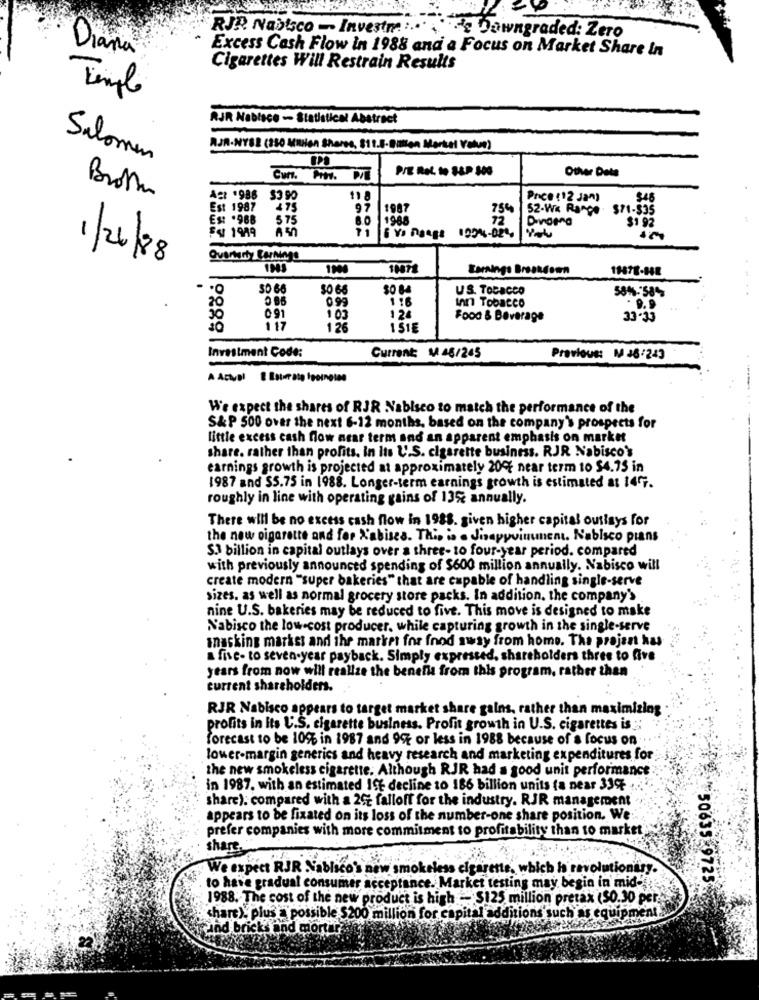
RJR Nabisco - Investre .....
He Downgraded: Zero
Diana
Excess Cash Flow in 1988 and a Focus on Market Share in
Cigarettes Will Restrain Results
Temple
RJR Nabisco - Statistical Abstract
AJA.NYSE (330 Motion Sharpe, 818.5-Button Merkel Value)
Salomon
PIE ROL to S&P 500
Other Data
Brott
Act .988 33 90
118
Price (12 Jan)
$46
Est 1987
475
97
1987
75%
52-Wx Rance . $71-$35
Est .968
575
1988
12
$1 92
SU 1989
1994-024
1/26/88
1900
Earnings Breakdown
19878-848
S0 66
50 66
50 84
US. Tobacco
58%- 58
0.99
116
20
Inn Tobacco
. 9.9
30
091
103
124
Food & Beverage
33.33
117
126
1 515
Investment Code:
Current: 11 48/245
Previous: M 46/243
We expect the shares of RJR Nabisco to match the performance of the
S&P 500 over the next 6-12 months, based on the company's prospects for
little excess cash flow near term and an apparent emphasis on market
share. rather than profits. in Its U.S. cigarette business. RJR Nabisco's
earnings growth is projected at approximately 200% near term to $4.75 in
1987 and $5.75 in 1988. Longer-term earnings growth is estimated at 147.
roughly in line with operating gains of 13% annually.
There will be no excess cash flow in 1988. given higher capital outlays for
the new sigarette and for d'abises. This is . Jinapyvinument. Nabisco pians
S.1 billion in capital outlays over a three- to four-year period. compared
with previously announced spending of $600 million annually. Nabisco will
create modern "super bakeries" that are capable of handling single-serve
sizes. as well as normal grocery store packs. In addition, the company's
nine U.S. bakeries may be reduced to five. This move is designed to make
Nabisco the low-cost producer. while capturing growth in the single-serve
masking markst and ihr market for food away from home. The projest has
a five- to seven-year payback. Simply expressed, shareholders three to five
years from now will realize the benefit from this program, rather than
current shareholders.
RJR Nabisco appears to target market share gains, rather than maximizing
profits in Its U.S. cigarette business. Profit growth in U.S. cigarettes is
forecast to be 100% in 1987 and 99% or less in 1988 because of a focus on
lower-margin generics and heavy research and marketing expenditures for
the new smokeless cigarette. Although RJR had a good unit performance
in 1987. with an estimated ISE decline to 186 billion units fa near 33%
share). compared with a 27 falloff for the industry. RJR management
appears to be fixated on its loss of the number-one share position. We
prefer companies with more commitment to profitability than to market.
share.
We expect RJR Nabisco's new smokeless cigarette, which is revolutionary.
to have gradual consumer acceptance. Market testing may begin in mid-
50635-9725
1988. The cost of the new product is high -- $125 million pretax ($0.30 per.
share). plus = possible $200 million for capital additions such as eo
and bricks and mortar